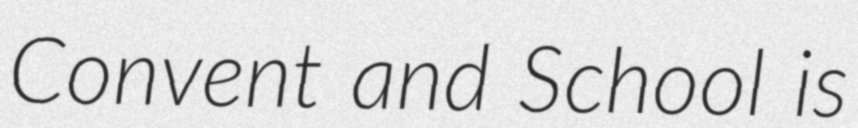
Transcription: Convent and School is